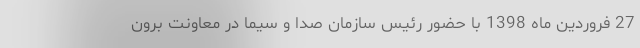
27 فروردین ماه 1398 با حضور رئیس سازمان صدا و سیما در معاونت برون